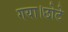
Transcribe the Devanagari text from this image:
गया।छोटे